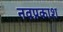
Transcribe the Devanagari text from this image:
नवप्रकाश